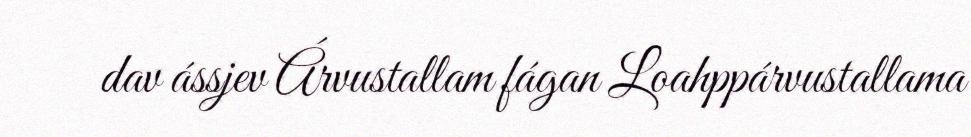
dav ássjev Árvustallam fágan Loahppárvustallama